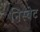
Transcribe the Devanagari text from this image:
निस्बेट